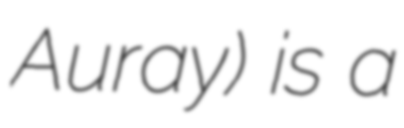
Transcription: Auray) is a